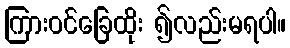
ကြားဝင်ခြေထိုး ၍လည်းမရပါ။